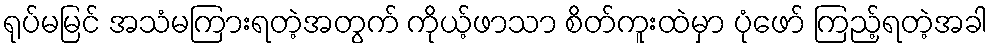
ရုပ်မမြင် အသံမကြားရတဲ့အတွက် ကိုယ့်ဖာသာ စိတ်ကူးထဲမှာ ပုံဖော် ကြည့်ရတဲ့အခါ